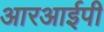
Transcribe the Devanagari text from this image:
आरआईपी